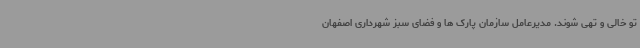
تو خالی و تهی شوند. مدیرعامل سازمان پارک ها و فضای سبز شهرداری اصفهان